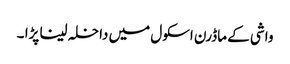
واشی کے ماڈرن اسکول میں داخلہ لینا پڑا ۔